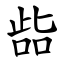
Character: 啙